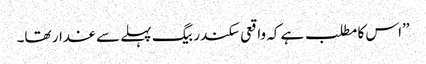
’’اس کا مطلب ہے کہ واقعی سکندر بیگ پہلے سے غدار تھا۔